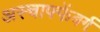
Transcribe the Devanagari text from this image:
अस्चाफ्फेंबर्ग